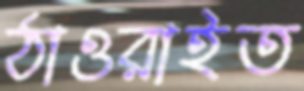
ঠাওরাইত